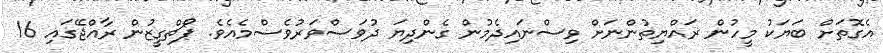
އެގޮތަށް ބަޔަކު މީހުން ރައްޔިތުންނަށް ވިސްނައިދެމުން ގެންދިޔަ ދުވަސްވަރުވެސްމެއެވެ. ޕޯޗްގީޒުން ރާއްޖޭގައި 16